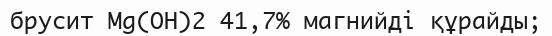
брусит Mg(OH)2 41,7% магнийді құрайды;